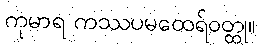
ကုမာရ ကဿပမထေရ်ဝတ္ထု။